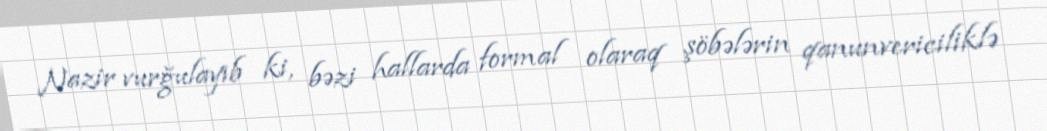
Nazir vurğulayıb ki, bəzi hallarda formal olaraq şöbələrin qanunvericiliklə